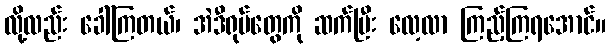
လို့လည်း ခေါ်ကြတယ်၊ အဲဒီရုပ်တွေကို ဆက်ပြီး လေ့လာ ကြည့်ကြရအောင်။